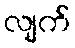
လျက်